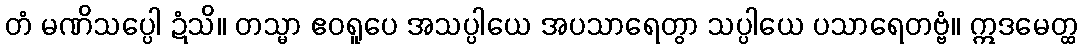
တံ မဏိသပ္ပေါ ဍံသိ။ တသ္မာ ဧဝရူပေ အသပ္ပါယေ အပသာရေတွာ သပ္ပါယေ ပသာရေတဗ္ဗံ။ ဣဒမေတ္ထ